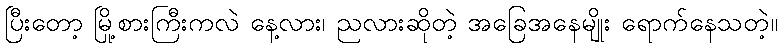
ပြီးတော့ မြို့စားကြီးကလဲ နေ့လား၊ ညလားဆိုတဲ့ အခြေအနေမျိုး ရောက်နေသတဲ့။